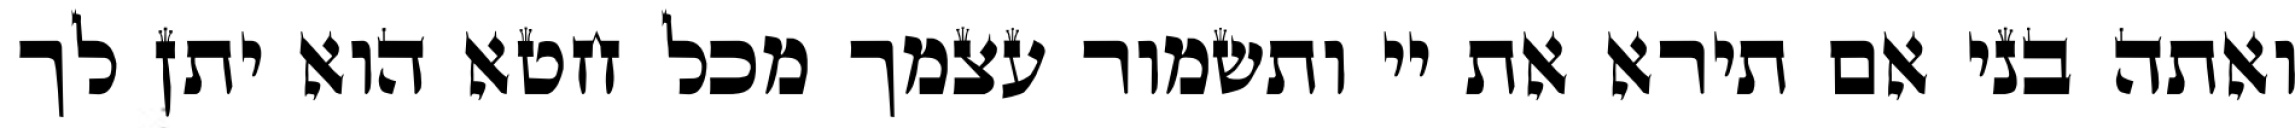
ואתה בני אם תירא את יי ותשמור עצמך מכל חטא הוא יתן לך